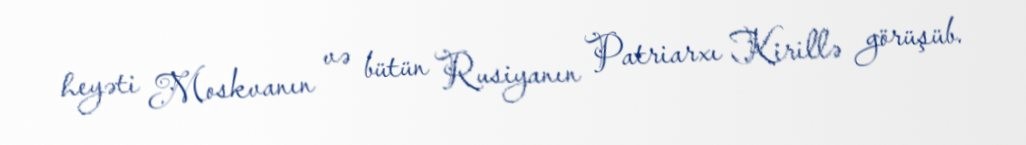
heyəti Moskvanın və bütün Rusiyanın Patriarxı Kirillə görüşüb.